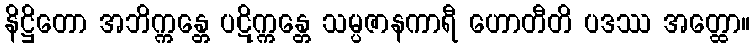
နိဋ္ဌိတော အဘိက္ကန္တေ ပဋိက္ကန္တေ သမ္ပဇာနကာရီ ဟောတီတိ ပဒဿ အတ္ထော။